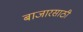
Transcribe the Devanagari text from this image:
बाजारसाठी